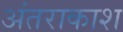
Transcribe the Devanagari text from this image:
अंतराकाश